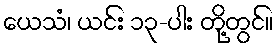
ယေသံ၊ ယင်း ၁၃-ပါး တို့တွင်။